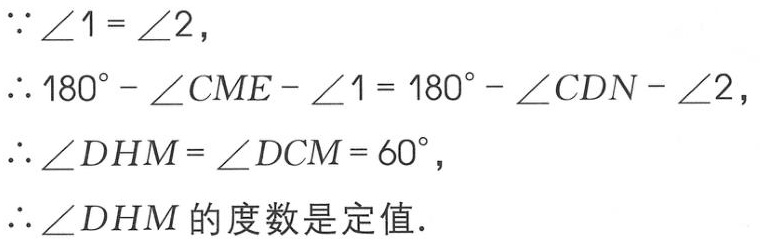
\(\because \angle 1 = \angle 2,\)
\(\therefore 180^{\circ}-\angle CME - \angle 1 = 180^{\circ}-\angle CDN - \angle 2,\)
\(\therefore \angle DHM=\angle DCM = 60^{\circ},\)
\(\therefore \angle DHM\)的度数是定值.